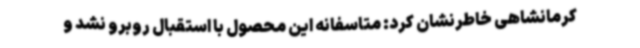
کرمانشاهی خاطرنشان کرد: متاسفانه این محصول با استقبال روبرو نشد و